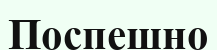
Поспешно